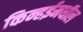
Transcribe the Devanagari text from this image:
किन्हईमधील